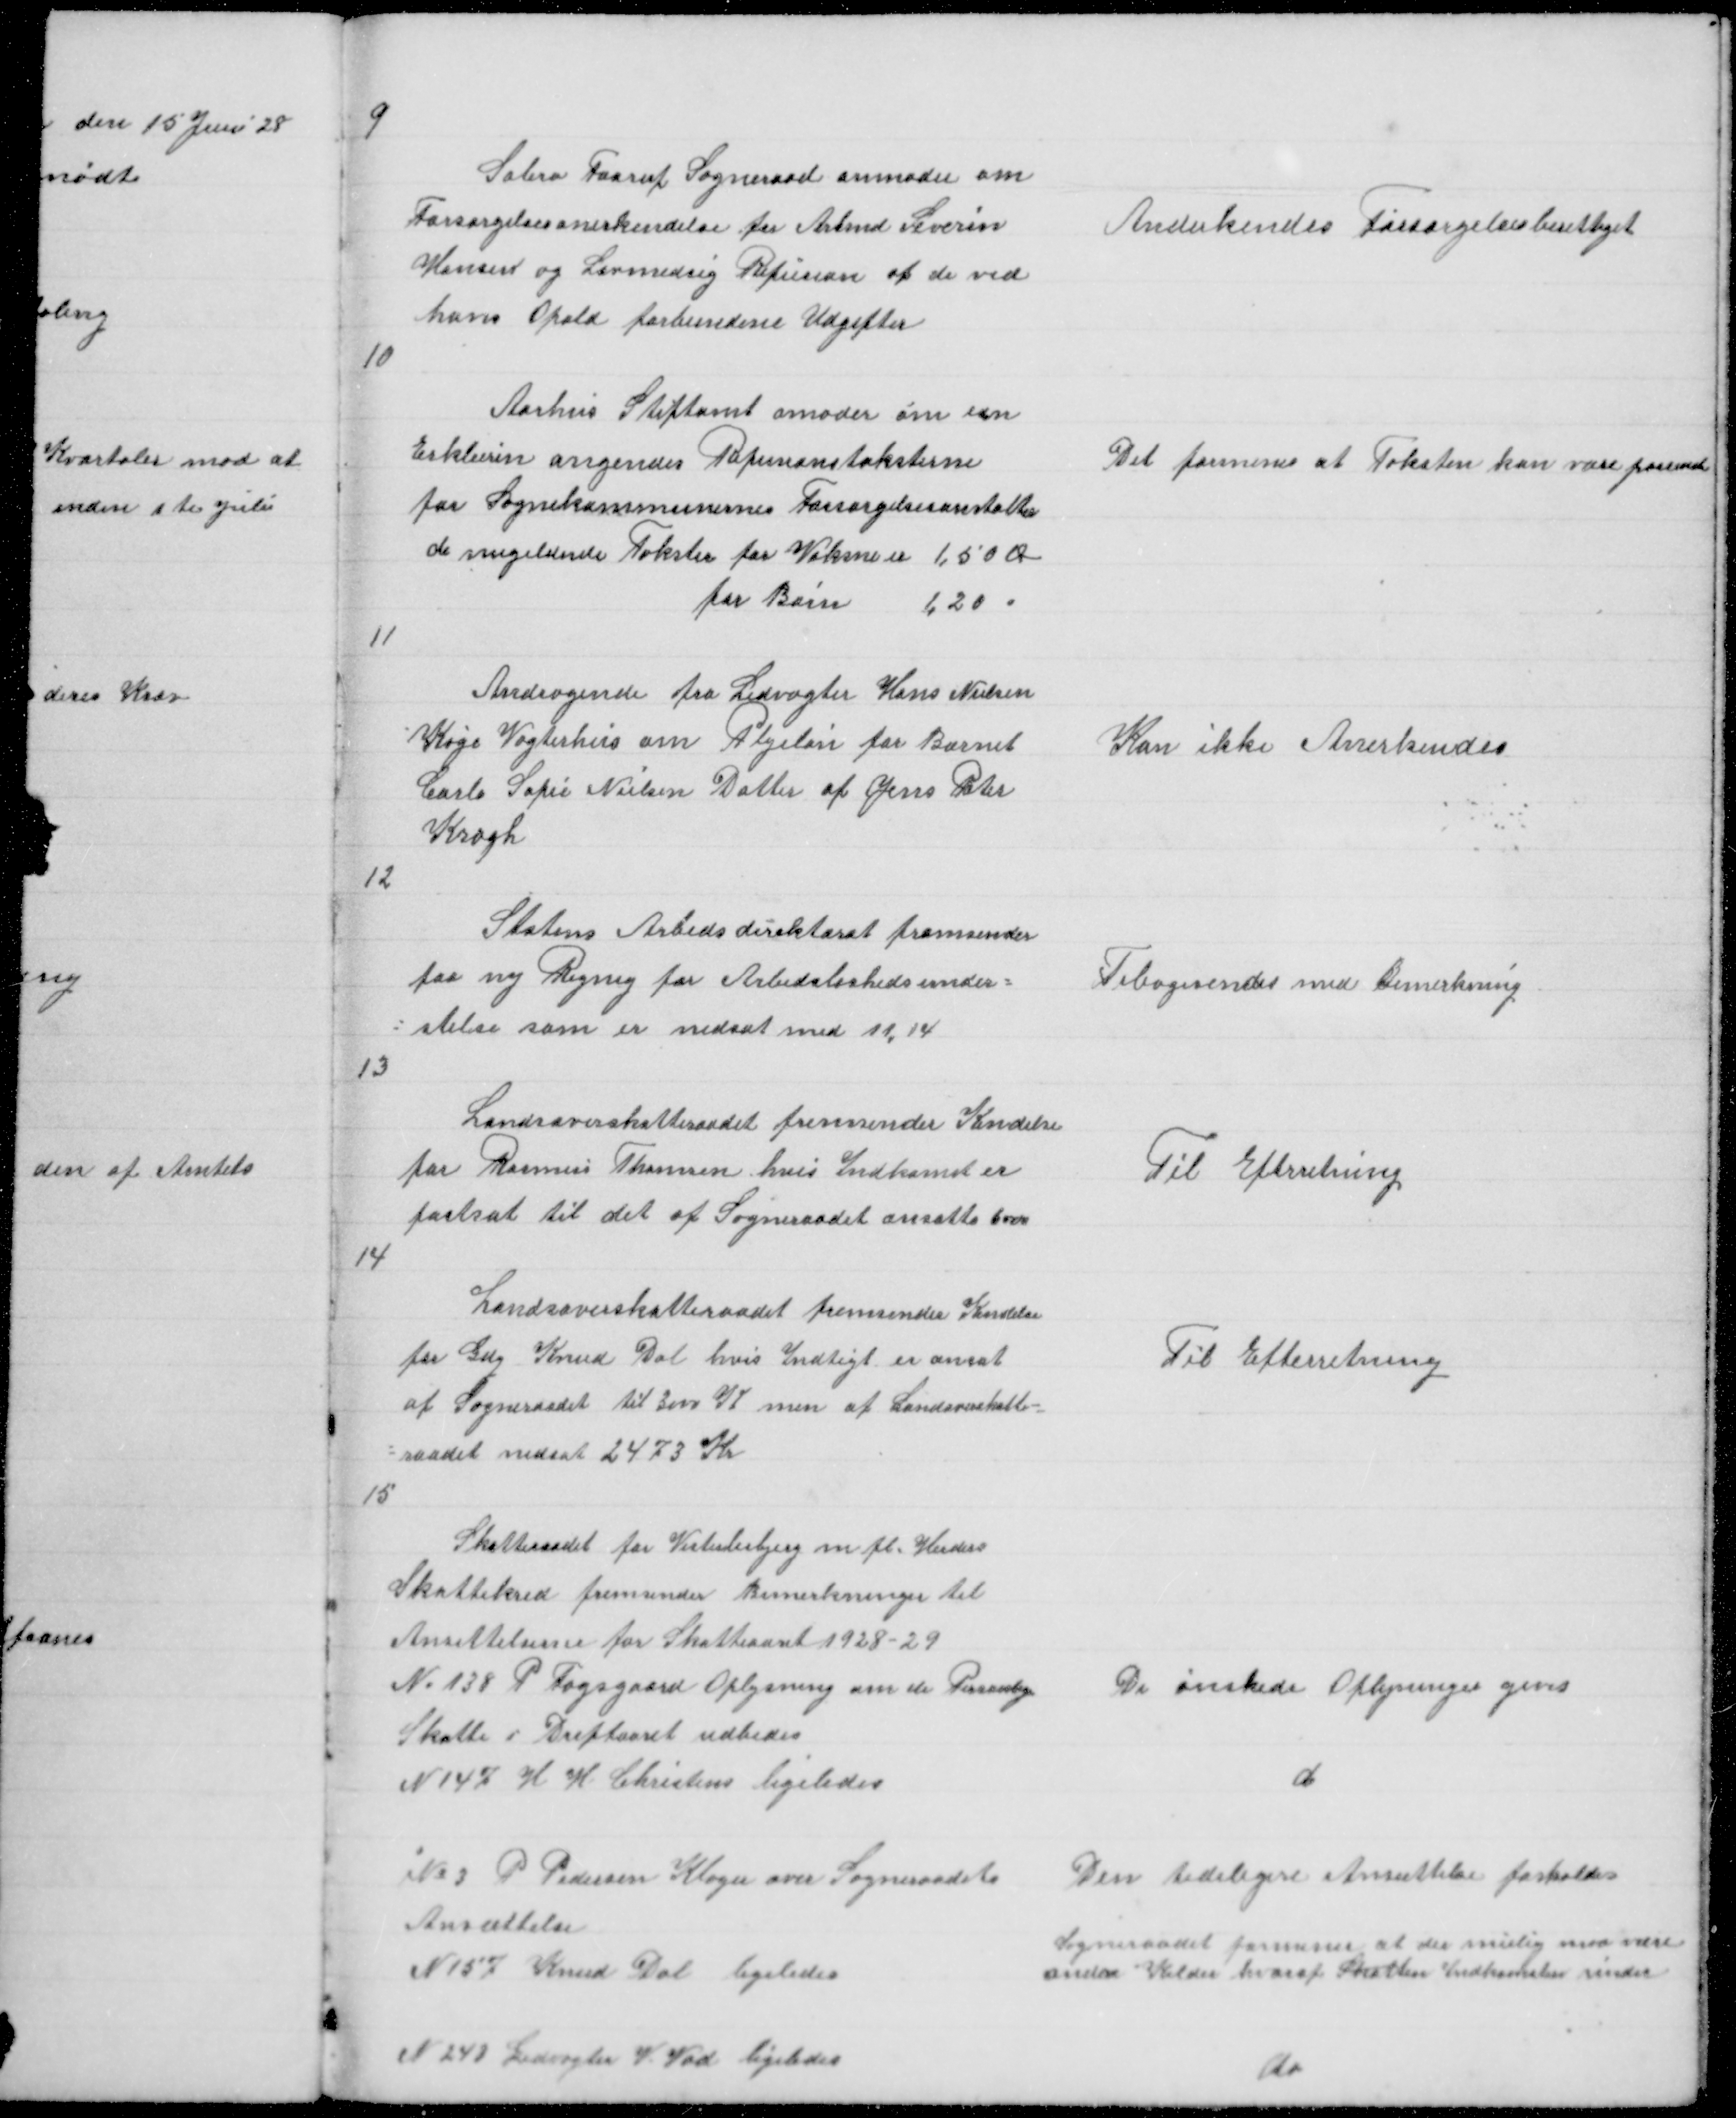
Transskription:
9

Sabro Faarup Sogneraad anmoder om
Forsørgelsesanerkendelse for Arbmd Severin
Hansen og Lovmedsig Refusion af de ved
hans Ophol forbundene Udgifter

Anderkendes Forsørgelsesberettiget

10

Aarhus Stiftamt amoder om en
Erklærin angendes Refusionstaksterne
for Sognekommunernes Forsørgelsesunstøttelse
de nugeldende Takster for Voksne 1,50 Ø
for Børn 1,20 "

Det formenes at Taksten kan være passende

11

Andragende fra Ledvogter Hans Nielsen
Køge Vogterhus om Plejeløn for Barnet
Carla Sofie Nielsen Datter af Jens Peter
Krogh

Kan ikke Anerkendes

12

Statens Arbedsdirektorat fremsender
paa ny Regning for Arbedsunder =
= stelse som er nedsat med 11,14

Tibagesendes med Bemerkning

13

Landsoverskatteraadet fremsender Kendelse
for Rasmus Thomsen hvis Indkomst er
fastsat til det af Sogneraadet ansatte 6000

Til Efterretning

14

Landsoverskatteraadet fremsender Kendelse
for Gdej Knud Dal hvis Indtigt er ansat
af Sogneraadet til 3000 K men af Landsoverskatte =
= raadet nedsat til 2473 Kr

Til Efterretning

15

Skatteraadet for Vesterlisbjerg m fl Herders
Skattekred fremsender Bemerkninger til
Ansettelserne for Skatteaaret 1928 - 29
No 138 P Fogsgaard Oplysning om de Personlige
Skatte i Driftaaret udbedes
N 147 H H Christens ligeledes

De ønskede Oplysninger gives
d

No 3 P Pedersen Klager over Sogneraadets
Ansættelse
N 157 Knud Dal ligeledes

Den tidligere Ansættelse fasholdes
Sogneraadet formener at der mulig maa være
andre Kilder hvoraf Skatten Indkomsten rinder

N 243 Ledvogter V Vad ligeledes

do